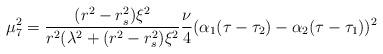
LaTeX: \begin{align*} \mu_7^2 = \frac{(r^2-r_s^2) \xi^2}{r^2( \lambda^2 + (r^2-r_s^2) \xi^2} \frac{\nu}4 (\alpha_1 (\tau-\tau_2) -\alpha_2(\tau-\tau_1))^2\end{align*}